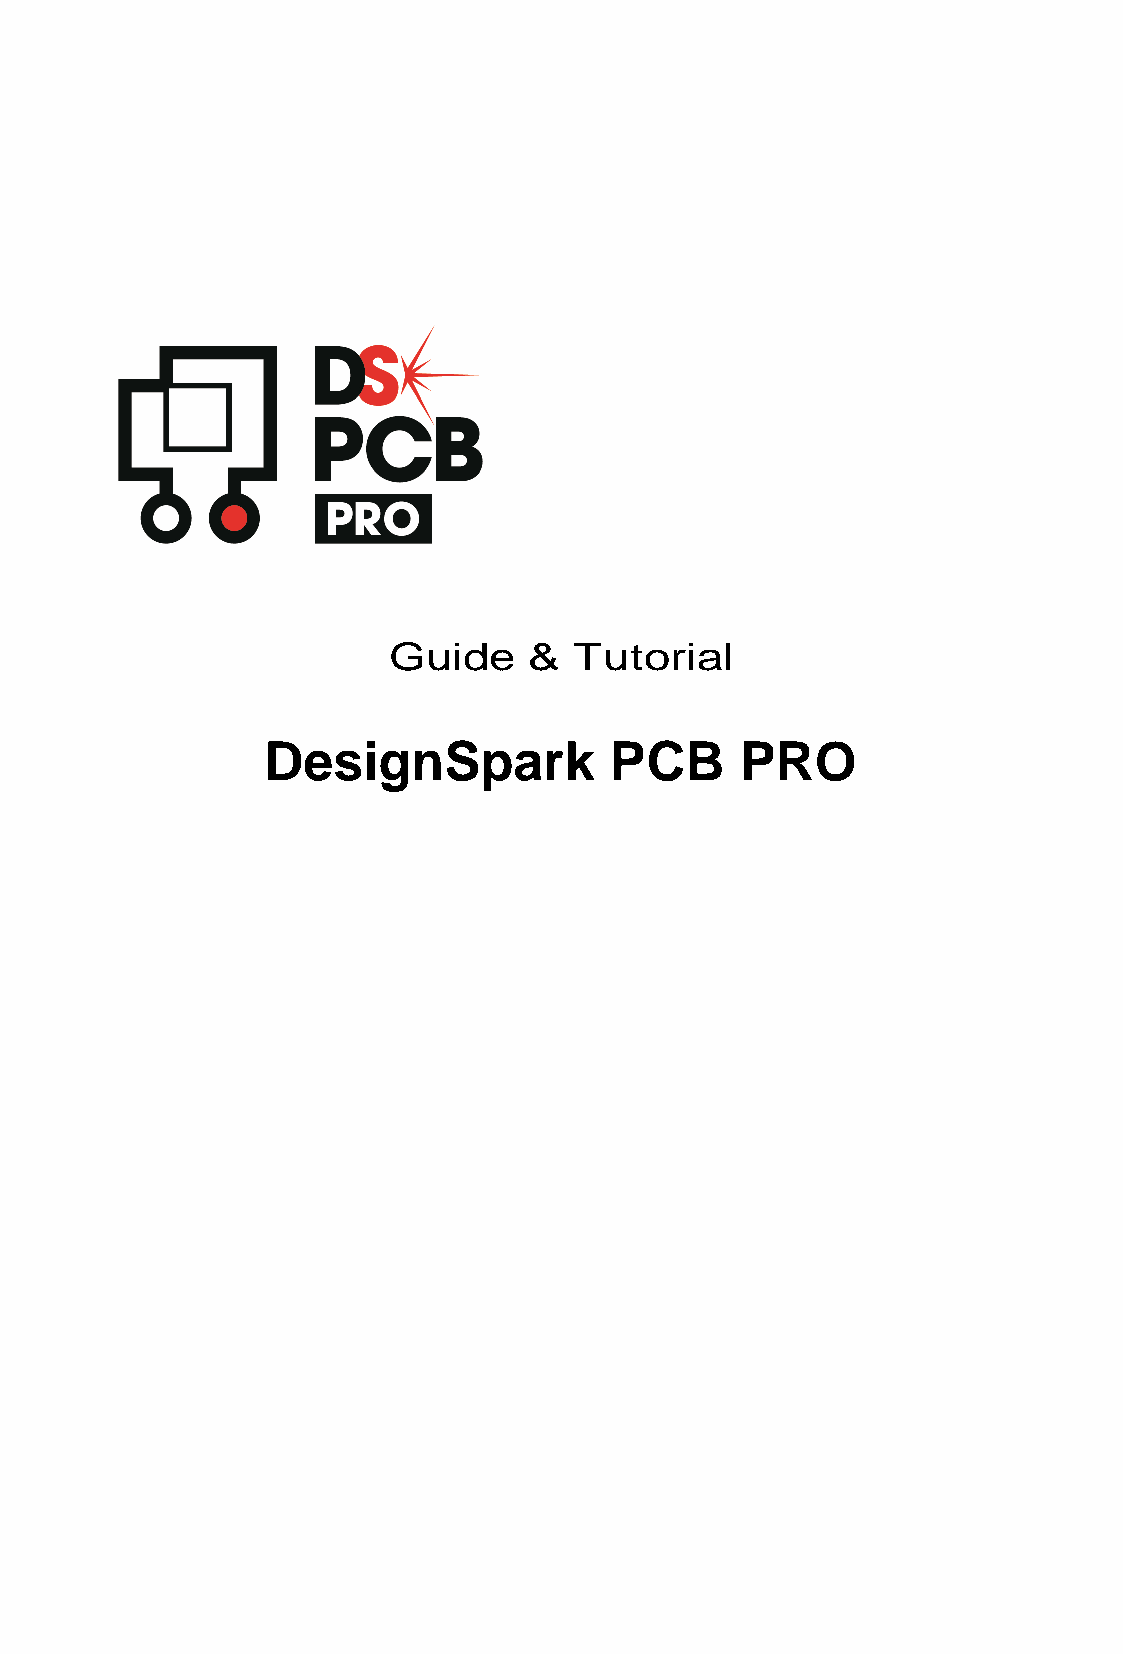
Guide    &  Tutorial
 DesignSpark            PCB      PRO